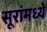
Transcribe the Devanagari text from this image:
सूरांमध्ये